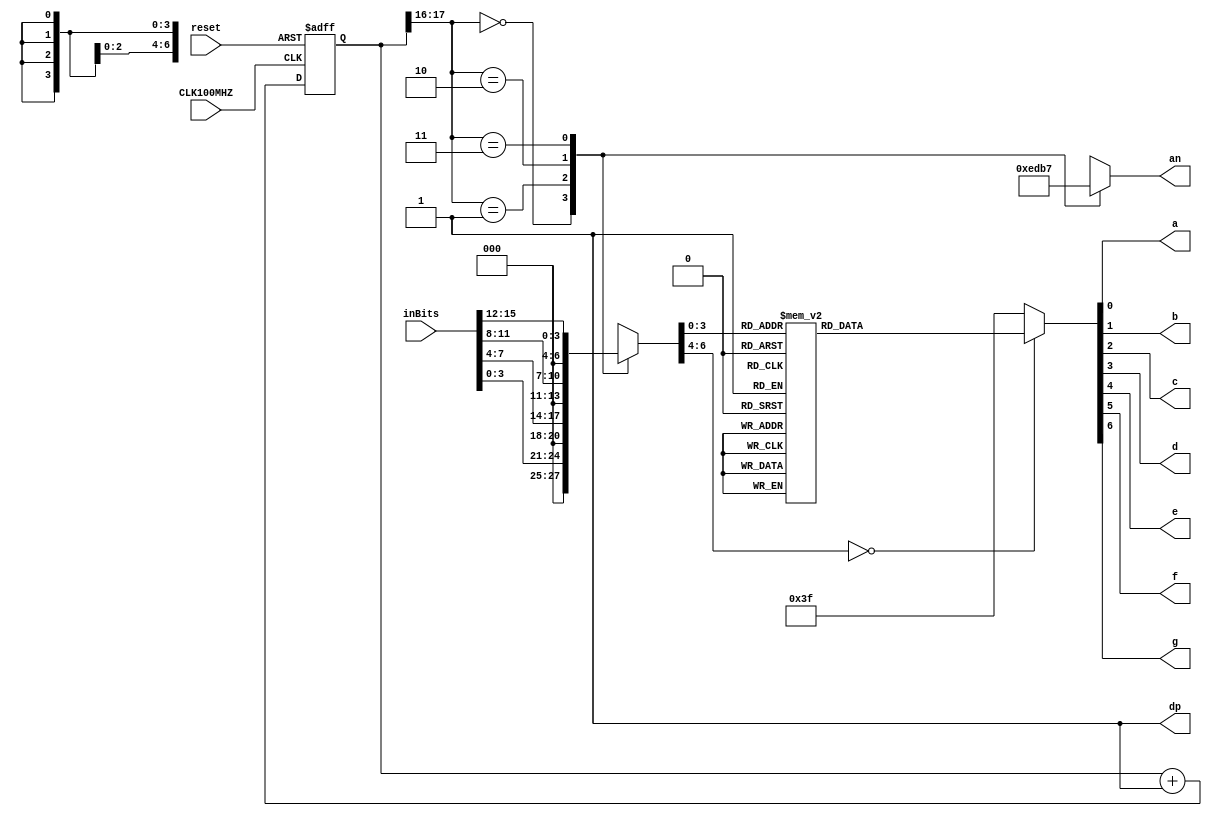
//Basic 7 Segment display code for Basys 3. Can be implemented on pretty much any 7 segment display on a device.

`timescale 1ns / 1ps

module sevensegment(
 input CLK100MHZ, reset,
 input [15:0] inBits,//in0, in1, in2, in3,  //the 4 inputs for each display
 output a, b, c, d, e, f, g, dp, //the individual LED output for the seven segment along with the digital point
 output [3:0] an   // the 4 bit enable signal
 );
 
localparam N = 18;
 
reg [N-1:0]count; //the 18 bit counter which allows us to multiplex at 1000Hz
 
always @ (posedge CLK100MHZ or posedge reset)
 begin
  if (reset)
   count <= 0;
  else
   count <= count + 1;
 end
 
reg [6:0]sseg; //the 7 bit register to hold the data to output
reg [3:0]an_temp; //register for the 4 bit enable
 
always @ (*)
 begin
  case(count[N-1:N-2]) //using only the 2 MSB's of the counter 
    
   2'b00 :  //When the 2 MSB's are 00 enable the fourth display
    begin
     sseg = inBits[3:0];
     an_temp = 4'b1110;
    end
    
   2'b01:  //When the 2 MSB's are 01 enable the third display
    begin
     sseg = inBits[7:4];
     an_temp = 4'b1101;
    end
    
   2'b10:  //When the 2 MSB's are 10 enable the second display
    begin
     sseg = inBits[11:8];
     an_temp = 4'b1011;
    end
     
   2'b11:  //When the 2 MSB's are 11 enable the first display
    begin
     sseg = inBits[15:12];
     an_temp = 4'b0111;
    end
  endcase
 end
assign an = an_temp;
 
 
reg [6:0] sseg_temp; // 7 bit register to hold the binary value of each input given
 
always @ (*)
 begin
  case(sseg)
                       //gfedcba, logic low
   4'd0 : sseg_temp = 7'b1000000; //to display 0
   4'd1 : sseg_temp = 7'b1111001; //to display 1
   4'd2 : sseg_temp = 7'b0100100; //to display 2
   4'd3 : sseg_temp = 7'b0110000; //to display 3
   4'd4 : sseg_temp = 7'b0011001; //to display 4
   4'd5 : sseg_temp = 7'b0010010; //to display 5
   4'd6 : sseg_temp = 7'b0000010; //to display 6
   4'd7 : sseg_temp = 7'b1111000; //to display 7
   4'd8 : sseg_temp = 7'b0000000; //to display 8
   4'd9 : sseg_temp = 7'b0010000; //to display 9
   4'd10 : sseg_temp = 7'b0001000; //to display A
   4'd11 : sseg_temp = 7'b0000011; //to display B
   4'd12 : sseg_temp = 7'b1000110; //to display C
   4'd13 : sseg_temp = 7'b0100001; //to display D
   4'd14 : sseg_temp = 7'b0000110; //to display E
   4'd15 : sseg_temp = 7'b0001110; //to display F
   default : sseg_temp = 7'b0111111; //dash
  endcase
 end
assign {g, f, e, d, c, b, a} = sseg_temp; //concatenate the outputs to the register, this is just a more neat way of doing this.

 
assign dp = 1'b1; //since the decimal point is not needed, all 4 of them are turned off
 
 
endmodule